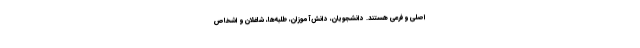
اصلی و فرعی هستند. دانشجویان، دانش‌آموزان، طلبه‌ها، شاغلان و اشخاص